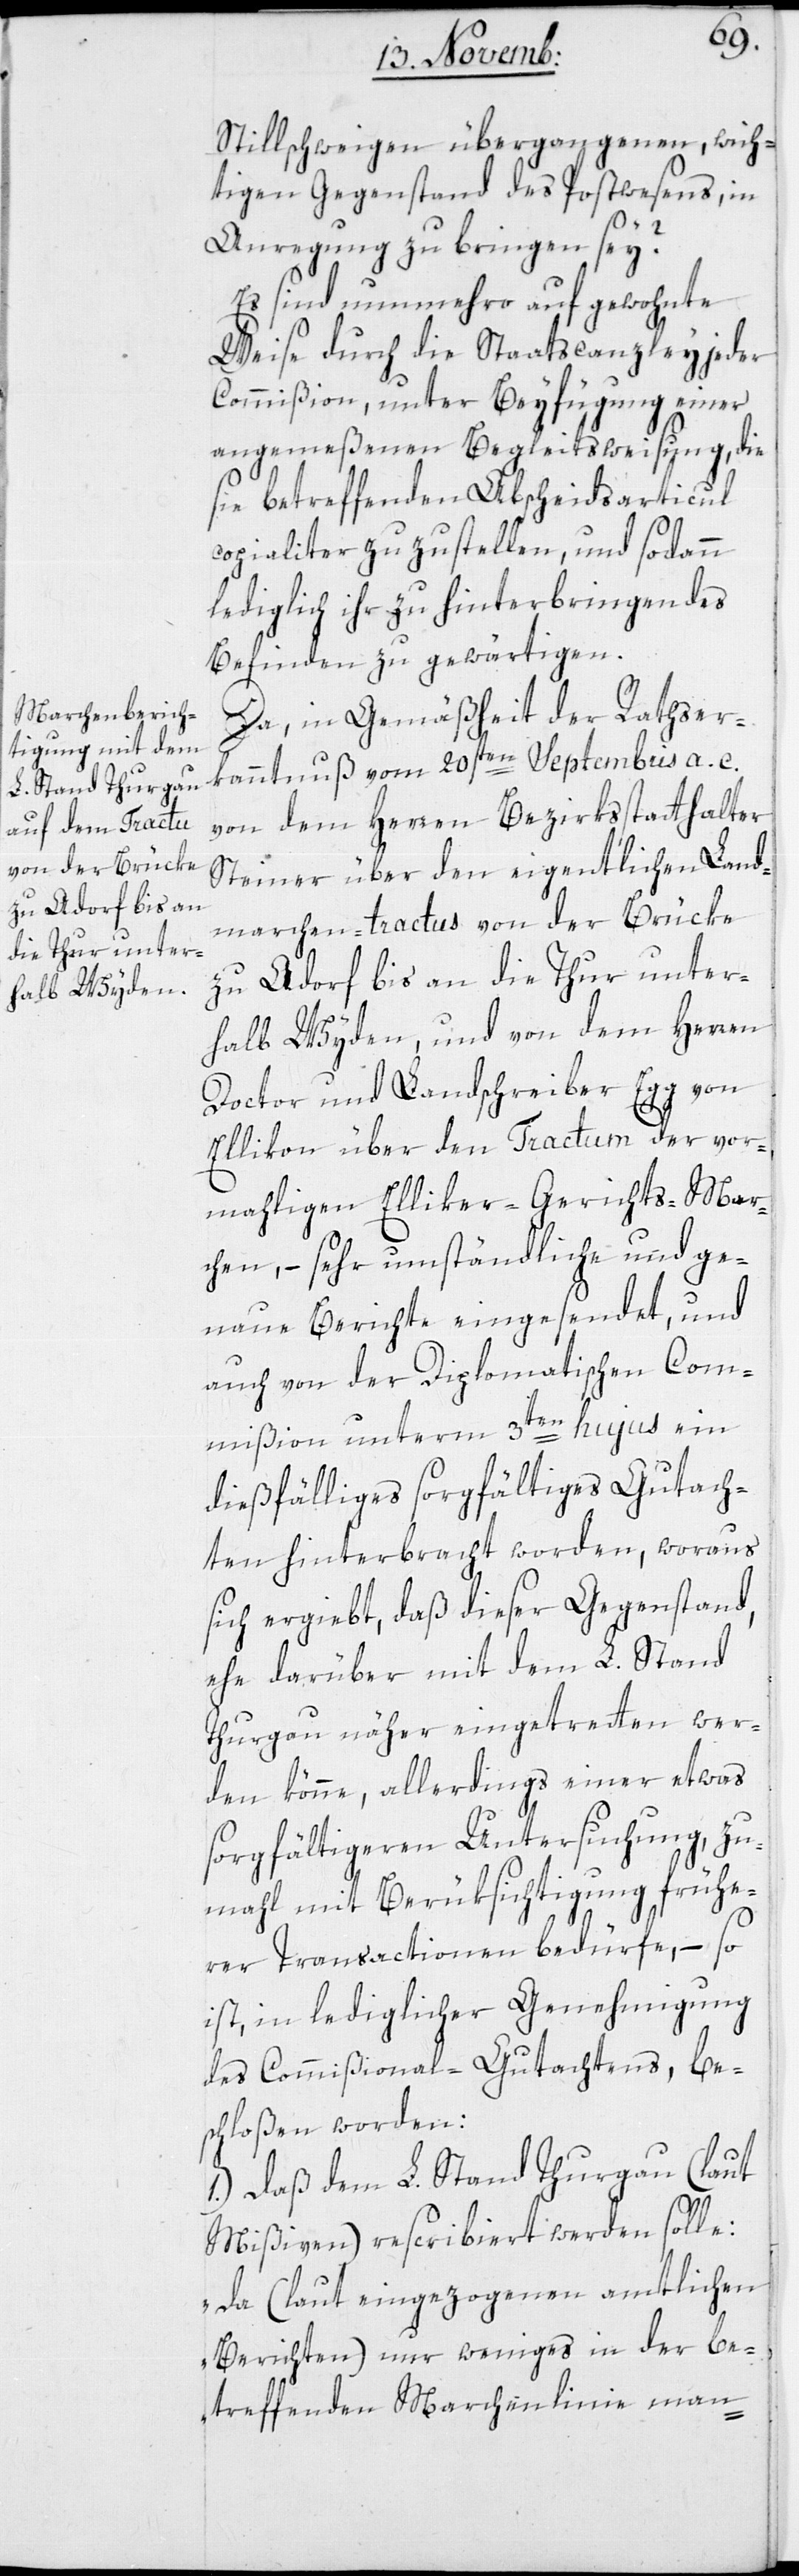
Stillschweigen übergangenen, wich¬
tigen Gegenstand des Postwesens, in
Anregung zu bringen sey?
Es sind nunmehro auf gewohnte
Weise durch die Staatscanzley jeder
Commißion, unter Beifügung einer
angemeßenen Begleitsweisung, die
sie betreffenden Abscheidsarticul
copialiter zuzustellen, und sodann
lediglich ihr zu hinterbringendes
Befinden zu gewärtigen.
Da in Gemäßheit der Rathser¬
kanntnuß vom 20sten Septembris a. c.
von dem Herren Bezirksstatthalter
Steiner über den eigentlichen Land¬
marchen-Tractus von der Brücke
zu Adorf bis an die Thur unter¬
halb Wyden, und von dem Herren
Doctor und Landschreiber Egg von
Ellikon über den Tractum der vor¬
mahligen Elliker-Gerichts-Mar¬
chen, – sehr umständliche und ge¬
naue Berichte eingesendet, und
auch von der Diplomatischenn Com¬
mißion unterm 3ten hujus ein
dießfälliges sorgfältiges Gutach¬
ten hinterbracht worden, woraus
sich ergiebt, daß dieser Gegenstand,
ehe darüber mit dem L. Stand
Thurgau näher eingetreten wer¬
den könne, allerdings einer etwas
sorgfältigeren Untersuchung, zu¬
mahl mit Berüksichtigung frühe¬
rer Transactionen bedürfe, – so
ist in lediglicher Genehmigung
des Commißional-Gutachtens, be¬
schloßen worden:
1.) Daß dem L. Stand Thurgau (laut
Mißiven) rescribiert werden solle:
„Da (laut eingezogenen amtlichen
Berichten) nur Weniges in der be¬
treffenden Marchenlinie man-